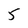
Character: 5